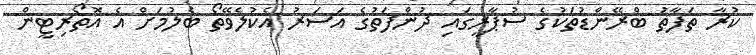
ކުރާ ތަފާތު ބްރޭންޑުތަކުގެ ސުޕާރީގައި ދުންފަތުގެ އަސަރު އެކުލެވޭތޯ ބެލުމަށް އެ އޮތޯރިޓީން